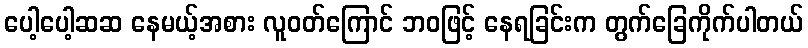
ပေါ့ပေါ့ဆဆ နေမယ့်အစား လူဝတ်ကြောင် ဘဝဖြင့် နေရခြင်းက တွက်ခြေကိုက်ပါတယ်